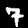
Label: 7